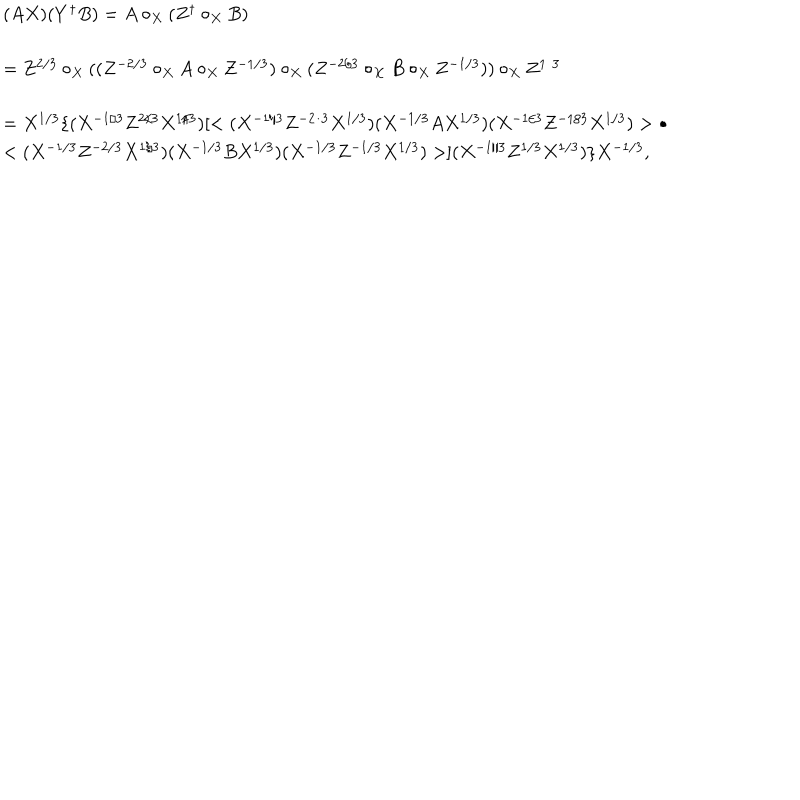
LaTeX: \begin{array} { l } { { ( A X ) ( Y ^ { \dagger } B ) = A \circ _ { X } ( Z ^ { \dagger } \circ _ { X } B ) } } \\ { { = Z ^ { 2 / 3 } \circ _ { X } ( ( Z ^ { - 2 / 3 } \circ _ { X } A \circ _ { X } Z ^ { - 1 / 3 } ) \circ _ { X } ( Z ^ { - 2 / 3 } \circ _ { X } B \circ _ { X } Z ^ { - 1 / 3 } ) ) \circ _ { X } Z ^ { 1 / 3 } } } \\ { { = X ^ { 1 / 3 } \{ ( X ^ { - 1 / 3 } Z ^ { 2 / 3 } X ^ { 1 / 3 } ) [ < ( X ^ { - 1 / 3 } Z ^ { - 2 / 3 } X ^ { 1 / 3 } ) ( X ^ { - 1 / 3 } A X ^ { 1 / 3 } ) ( X ^ { - 1 / 3 } Z ^ { - 1 / 3 } X ^ { 1 / 3 } ) > \bullet } } \\ { { < ( X ^ { - 1 / 3 } Z ^ { - 2 / 3 } X ^ { 1 / 3 } ) ( X ^ { - 1 / 3 } B X ^ { 1 / 3 } ) ( X ^ { - 1 / 3 } Z ^ { - 1 / 3 } X ^ { 1 / 3 } ) > ] ( X ^ { - 1 / 3 } Z ^ { 1 / 3 } X ^ { 1 / 3 } ) \} X ^ { - 1 / 3 } , } } \\ \end{array}